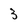
Character: 3